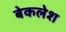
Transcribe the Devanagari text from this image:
बेकलेश